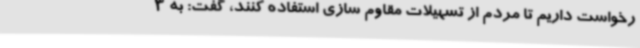
رخواست داریم تا مردم از تسهیلات مقاوم سازی استفاده کنند، گفت: به 3